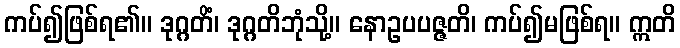
ကပ်၍ဖြစ်ရ၏။ ဒုဂ္ဂတိံ၊ ဒုဂ္ဂတိဘုံသို့။ နောဥပပဇ္ဇတိ၊ ကပ်၍မဖြစ်ရ။ ဣတိ